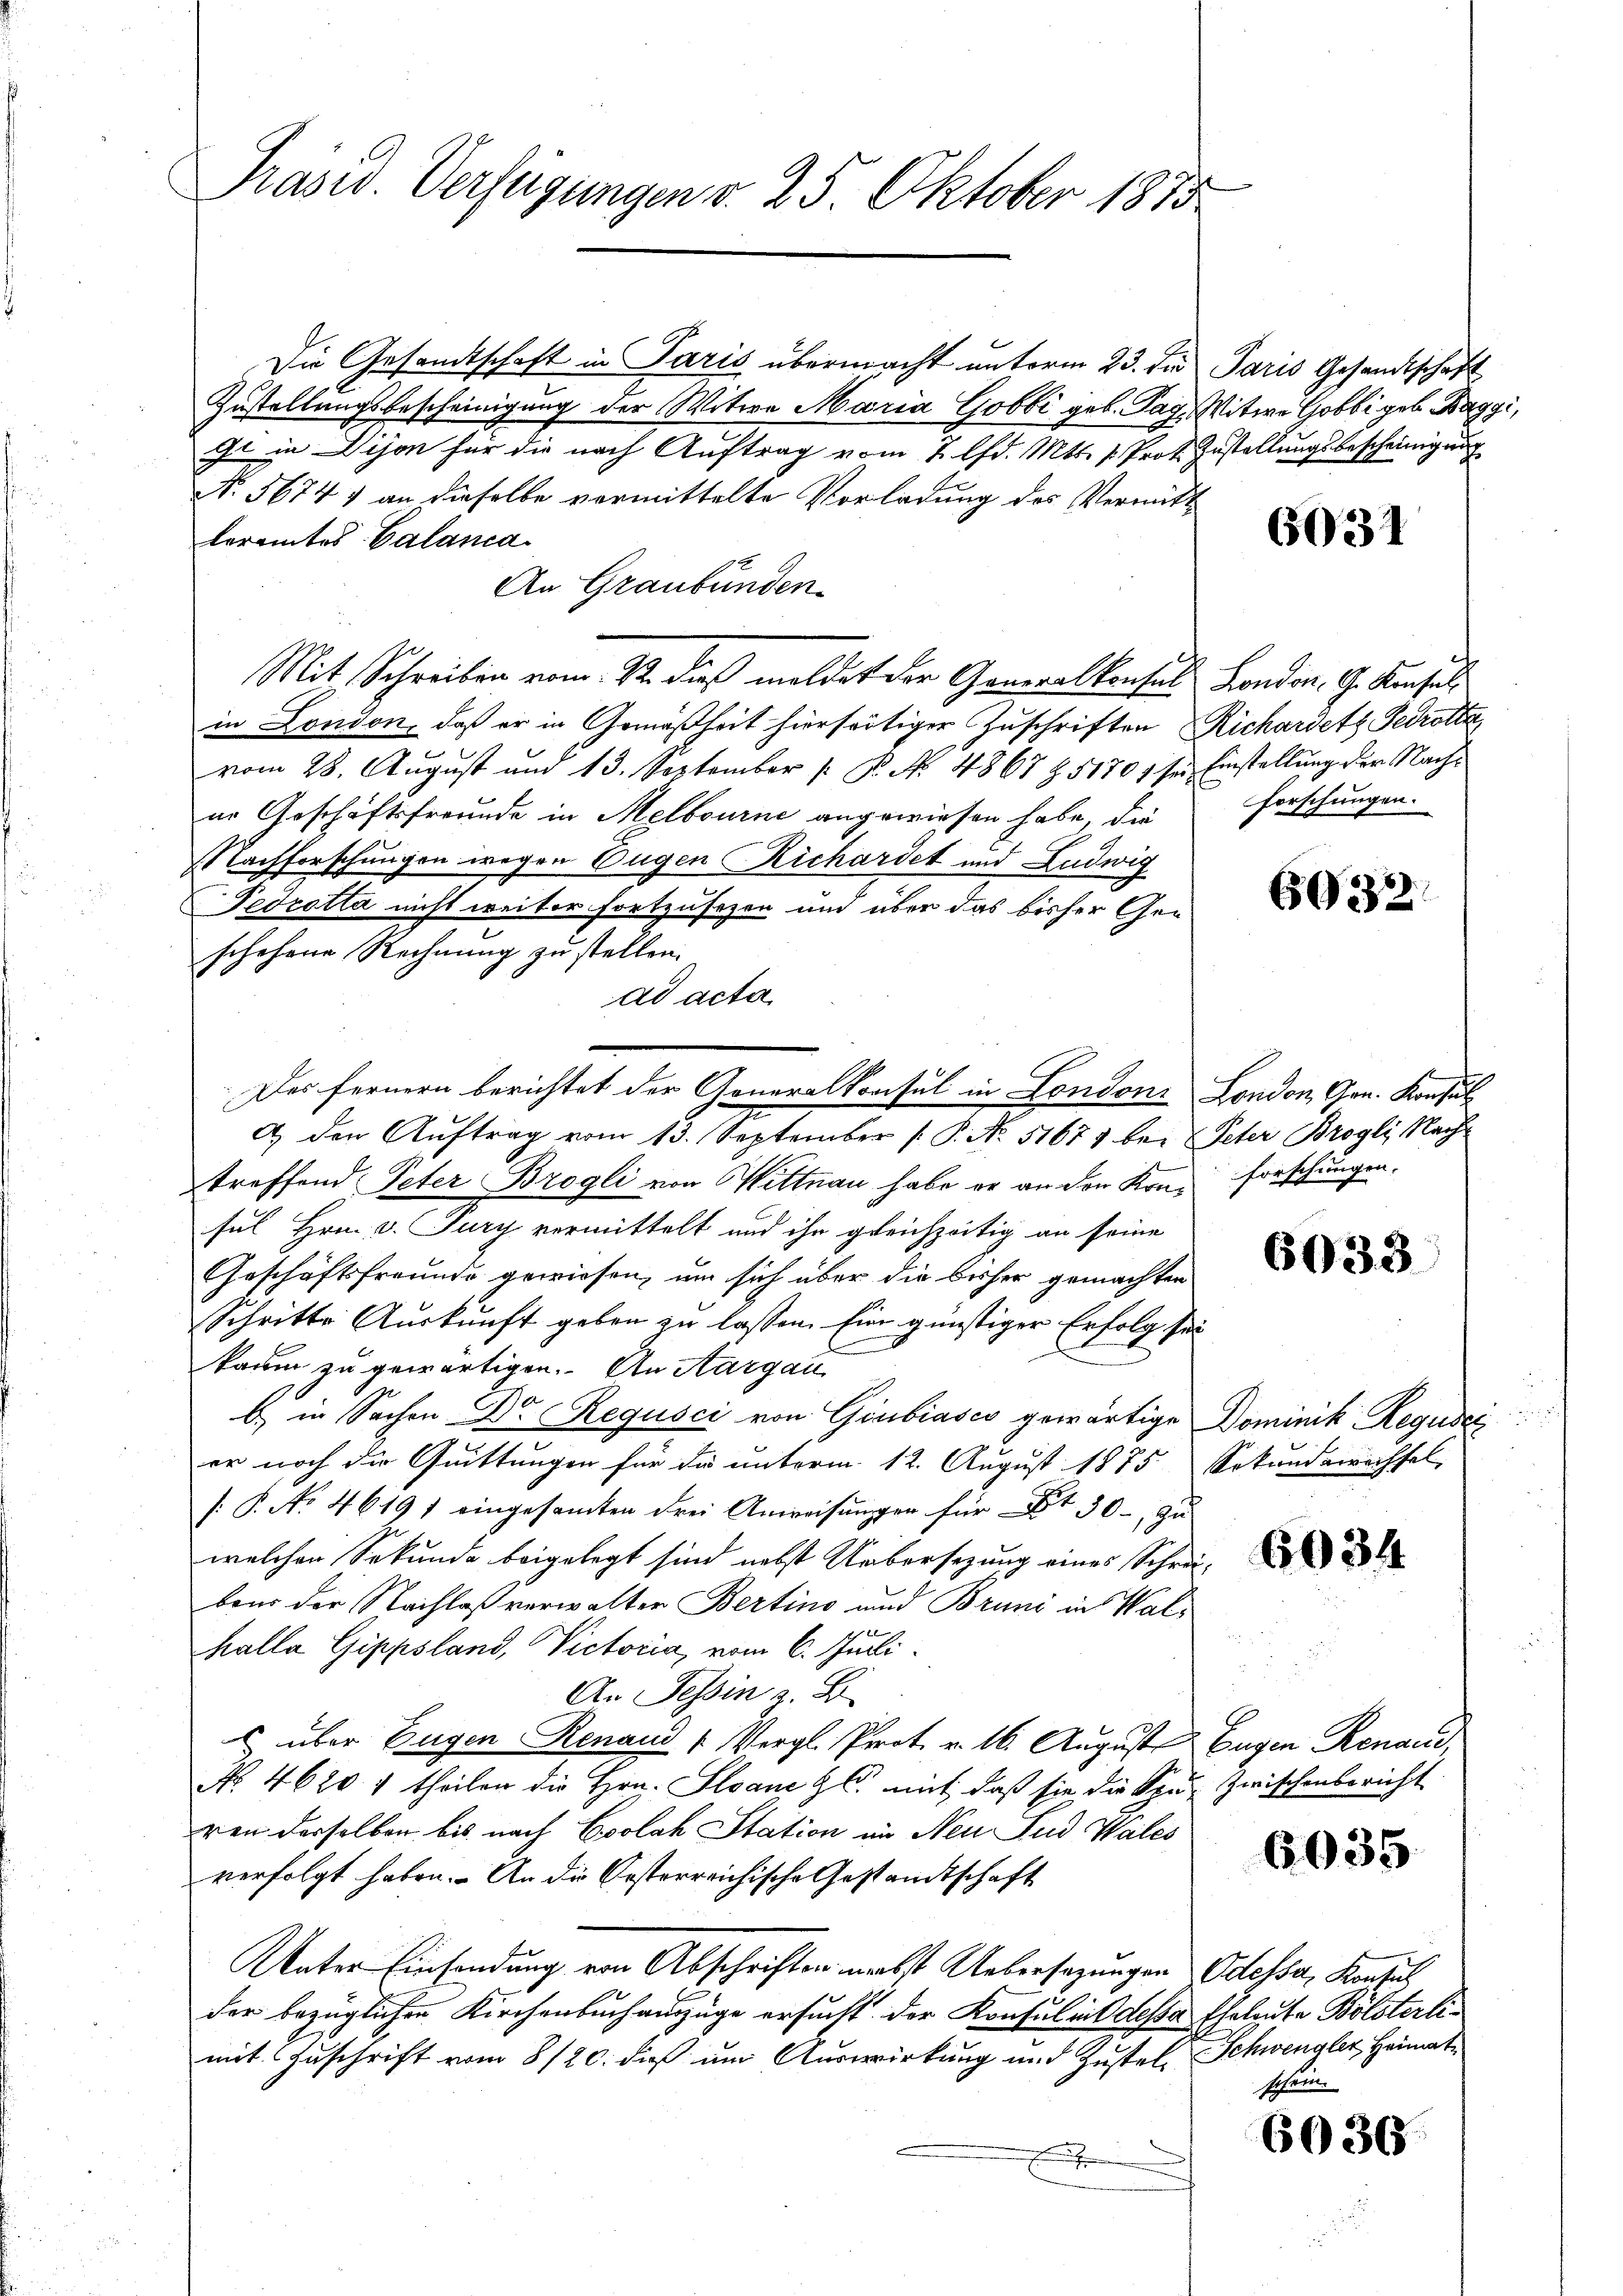
Präsid. Verfügungen v. 25. Oktober 1815

Die Gesandtschaft in Paris übermacht unterm 23. di Paris Gesandtschaft
Zustellungsbescheinigung der Witwe Maria Gobbi geb. Pag. Witwe Gobbi geb. Baggi,
Js in Dijon für die nach Auftrag vom 2. lfd. Mts. v. Prot. Zustellungsbescheinigung
No. 5674) an dieselbe vermittelte Vorladung des Vermitt
leramtes Calanca
An Graubünden
Mit Schreiben vom 12. dieß meldet der Generalkonsul London. G. Konsul
in London, daß er in Gemäßheit hierseitiger Zuschriften Richardetz Gecrotte
vom 28. August und 13. September [ P. Nr. 4867 Z. 51707 sei Einstellung der Nachur Geschäftsfreunde in Melbourne angewiesen habe, die
NNachforschungen wegen Eugen Richardet und Ludwig
Fedrotta nicht weiter fortzusetzen und über das bisher Geschehene Rechnung zu stellen.
ad acta
a. den Aŭftrag vom 13. September P. Nr. 51671 bei Peter Brogli Nach
treffend Peter Brogli von Hittnau habe er an den Kon- forschungen.
sul Hrn. v. Jury vermittelt und ihr gleichzeitig an seine
Geschäftsfreunde gewiesen, um sich über die bisher gemachten
Schritte Auskunft geben zu lassen. Ein günstiger Erfolg sei
kaum zu gewärtigen. An Aargau
b) in Sachen Dr. Regusci von Giubiasco gewärtige Dominik Reguder
er noch die Quittungen für die unterm 12. August 1875 Sekundewechsel,
/: P. No. 46197 eingesamten drei Anweisŭngen für et 30. zŭ
welchen Sekunde beigelegt sind nebst Uebersezung eines Schrei-
bend der Nachlaß verwalter Bertino und Bruni in Walkalla Gippsland, Victoria, vom 6. Juli.
An Tessin z. B.
u über Eugen Renaud (Vergl. Prot. v. 16. August Eugen Renau,
No. 4620 1 theilen die Hrn. Plane u. mit, daß sie die Spur zwischenbericht
von derselben bis nach Coolah Station im Neu Jud Wales
verfolgt haben. An die Oesterreichische Gestandtschaft
Unter Einsendung von Abschriften nebst Uebersezungen Odessa, Konsuch
der bezüglichen Kirchenbuch auszüge ersucht der Konsul mit desse Eheleute Bölsterlimit Zuschrift vom 8/20. dieß um Auswirkung und Zustel, Schwengler Heimat¬
.

Des fernern berichtet der Generalkonsul in Londoni London, Gen. Konsul

6031

Forschungen.

6032.

6933

6034

6035

u

6036